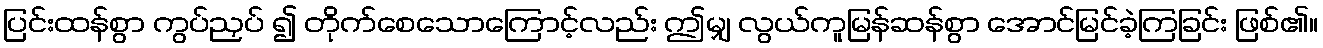
ပြင်းထန်စွာ ကွပ်ညှပ် ၍ တိုက်စေသောကြောင့်လည်း ဤမျှ လွယ်ကူမြန်ဆန်စွာ အောင်မြင်ခဲ့ကြခြင်း ဖြစ်၏။